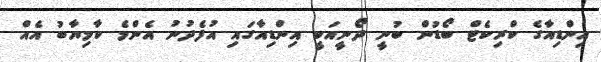
އިންޑިއާގެ ކްރިކެޓް ބޯޑުން ބުނީ ދޯނީއަކީ އިންޑިއާގައި އުފެދުނު އެންމެ ކާމިޔާބު އެއް